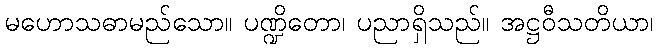
မဟောသဓာမည်သော။ ပဏ္ဍိတော၊ ပညာရှိသည်။ အဋ္ဌဝီသတိယာ၊